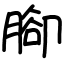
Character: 腳